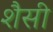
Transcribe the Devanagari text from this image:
शैसी